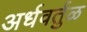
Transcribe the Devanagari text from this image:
अर्धवर्तुळ